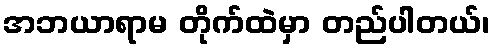
အဘယာရာမ တိုက်ထဲမှာ တည်ပါတယ်၊